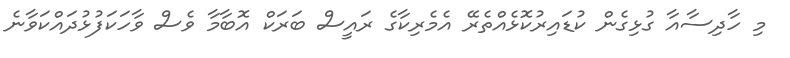
މި ހާދިސާއާ ގުޅިގެން ކުޑައިރުކޮޅެއްތެރޭ އެމެރިކާގެ ރައީސް ބަރަކް އޮބާމާ ވެސް ވާހަކަފުޅުދައްކަވާނެ